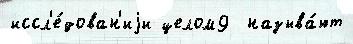
иссл'е́дован'иjи целом9  называ́ют